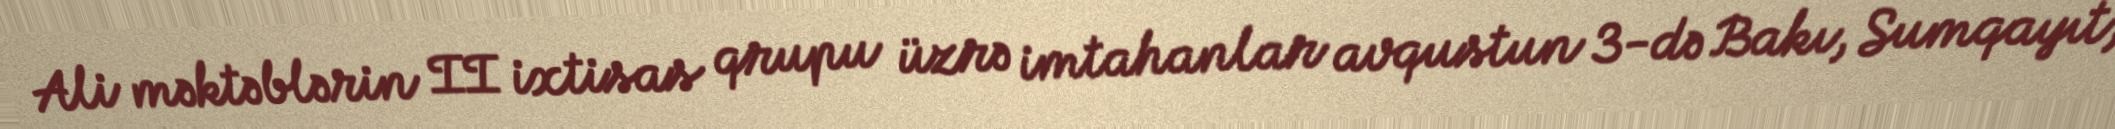
Ali məktəblərin II ixtisas qrupu üzrə imtahanlar avqustun 3-də Bakı, Sumqayıt,